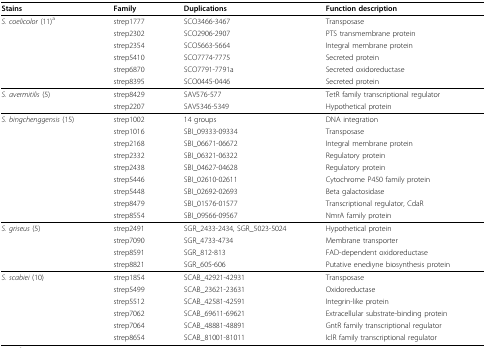
<table><thead><tr><td><b>Stains</b></td><td><b>Family</b></td><td><b>Duplications</b></td><td><b>Function description</b></td></tr></thead><tbody><tr><td><i>S. coelicolor </i>(11)<sup>a</sup></td><td>strep1777</td><td>SCO3466-3467</td><td>Transposase</td></tr><tr><td></td><td>strep2302</td><td>SCO2906-2907</td><td>PTS transmembrane protein</td></tr><tr><td></td><td>strep2354</td><td>SCO5663-5664</td><td>Integral membrane protein</td></tr><tr><td></td><td>strep5410</td><td>SCO7774-7775</td><td>Secreted protein</td></tr><tr><td></td><td>strep6870</td><td>SCO7791-7791a</td><td>Secreted oxidoreductase</td></tr><tr><td></td><td>strep8395</td><td>SCO0445-0446</td><td>Secreted protein</td></tr><tr><td><i>S. avermitilis </i>(5)</td><td>strep8429</td><td>SAV576-577</td><td>TetR family transcriptional regulator</td></tr><tr><td></td><td>strep2207</td><td>SAV5346-5349</td><td>Hypothetical protein</td></tr><tr><td><i>S. bingchenggensis </i>(15)</td><td>strep1002</td><td>14 groups</td><td>DNA integration</td></tr><tr><td></td><td>strep1016</td><td>SBI_09333-09334</td><td>Transposase</td></tr><tr><td></td><td>strep2168</td><td>SBI_06671-06672</td><td>Integral membrane protein</td></tr><tr><td></td><td>strep2332</td><td>SBI_06321-06322</td><td>Regulatory protein</td></tr><tr><td></td><td>strep2438</td><td>SBI_04627-04628</td><td>Regulatory protein</td></tr><tr><td></td><td>strep5446</td><td>SBI_02610-02611</td><td>Cytochrome P450 family protein</td></tr><tr><td></td><td>strep5448</td><td>SBI_02692-02693</td><td>Beta galactosidase</td></tr><tr><td></td><td>strep8479</td><td>SBI_01576-01577</td><td>Transcriptional regulator, CdaR</td></tr><tr><td></td><td>strep8554</td><td>SBI_09566-09567</td><td>NmrA family protein</td></tr><tr><td><i>S. griseus </i>(5)</td><td>strep2491</td><td>SGR_2433-2434, SGR_5023-5024</td><td>Hypothetical protein</td></tr><tr><td></td><td>strep7090</td><td>SGR_4733-4734</td><td>Membrane transporter</td></tr><tr><td></td><td>strep8591</td><td>SGR_812-813</td><td>FAD-dependent oxidoreductase</td></tr><tr><td></td><td>strep8821</td><td>SGR_605-606</td><td>Putative enediyne biosynthesis protein</td></tr><tr><td><i>S. scabiei </i>(10)</td><td>strep1854</td><td>SCAB_42921-42931</td><td>Transposase</td></tr><tr><td></td><td>strep5499</td><td>SCAB_23621-23631</td><td>Oxidoreductase</td></tr><tr><td></td><td>strep5512</td><td>SCAB_42581-42591</td><td>Integrin-like protein</td></tr><tr><td></td><td>strep7062</td><td>SCAB_69611-69621</td><td>Extracellular substrate-binding protein</td></tr><tr><td></td><td>strep7064</td><td>SCAB_48881-48891</td><td>GntR family transcriptional regulator</td></tr><tr><td></td><td>strep8654</td><td>SCAB_81001-81011</td><td>IclR family transcriptional regulator</td></tr></tbody></table>